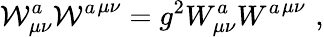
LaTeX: {{\cal W}_{\mu\nu}^{a}}{{\cal W}^{a}}^{\mu\nu}=g^{2}W_{\mu\nu}^{a}{{W^{a}}^{\mu\nu}}\, \, ,